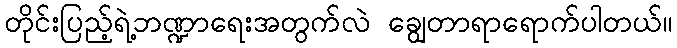
တိုင်းပြည့်ရဲ့ဘဏ္ဍာရေးအတွက်လဲ ချွေတာရာရောက်ပါတယ်။